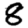
Digit: 8